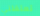
تعتقلني